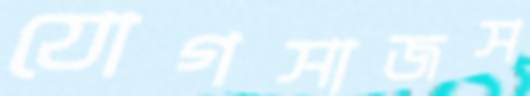
যোগসাজস